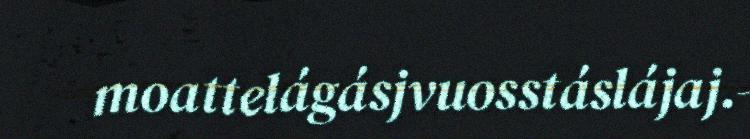
moattelágásjvuosstáslájaj.-